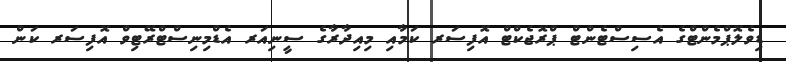
ޑިވެލޮޕްމެންޓްގެ އެސިސްޓެންޓް ޕްރޮޖެކްޓް އޮފިސަރ ކަމާއި މިއިދާރާގެ ސީނިއަރ އެޑްމިނިސްޓްރޭޓިވް އޮފިސަރ ކަން